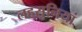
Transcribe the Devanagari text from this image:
लहसुनियां